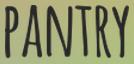
PANTRY